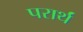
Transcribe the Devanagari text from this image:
परार्थं